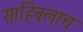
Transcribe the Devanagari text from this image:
साहिबलाच